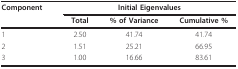
<table><thead><tr><td><b>Component</b></td><td colspan="3"><b>Initial Eigenvalues</b></td></tr><tr><td></td><td><b>Total</b></td><td><b>% of Variance</b></td><td><b>Cumulative %</b></td></tr></thead><tbody><tr><td>1</td><td>2.50</td><td>41.74</td><td>41.74</td></tr><tr><td>2</td><td>1.51</td><td>25.21</td><td>66.95</td></tr><tr><td>3</td><td>1.00</td><td>16.66</td><td>83.61</td></tr></tbody></table>